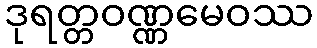
ဒုရတ္တဝဏ္ဏမေဝဿ